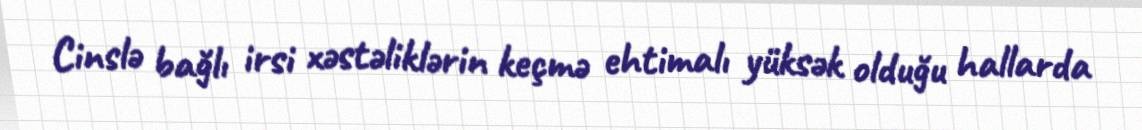
Cinslə bağlı irsi xəstəliklərin keçmə ehtimalı yüksək olduğu hallarda